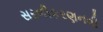
સરળીકરણનવી